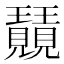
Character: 𭺕